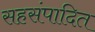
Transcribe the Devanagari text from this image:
सहसंपादित